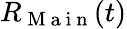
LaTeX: R_{\mathrm{~M~a~i~n~}}(t)